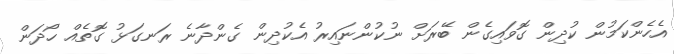
އެހެންކަމުން ކުދިން ގޮވައިގެން ބޭރަށް ނުކުންނައިރު އެކުދިން ގެންދާނެ ރަނގަޅު ގޮތެއް ހޯދަން